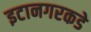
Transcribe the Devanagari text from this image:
इटानगरकडे